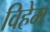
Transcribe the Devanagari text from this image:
विहेम